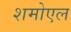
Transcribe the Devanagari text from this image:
शमोएल